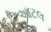
આટલ